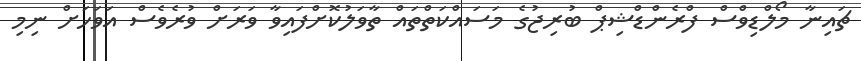
ޗައިނާ މޯލްޑިވްސް ފްރެންޑްޝިޕް ބުރިޖުގެ މަސައްކަތްތައް ތާވަލުކޮށްފައިވާ ވަރަށް ވުރެވެސް އަވަހަށް ނިމި